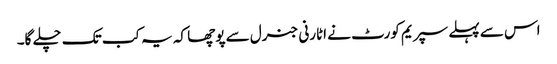
اس سے پہلے سپریم کورٹ نے اٹارنی جنرل سے پوچھا کہ یہ کب تک چلے گا۔